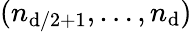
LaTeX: (n_{\mathrm{d}/2+1},\ldots,n_{\mathrm{d}})